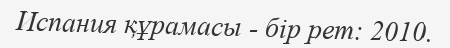
Испания құрамасы - бір рет: 2010.